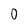
Character: O